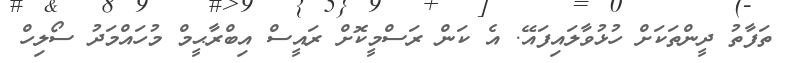
ތަފާތު ދީންތަކަށް ހުޅުވާލައިފައޭ. އެ ކަން ރަސްމީކޮށް ރައީސް އިބްރާޙީމް މުހައްމަދު ސޯލިހް